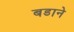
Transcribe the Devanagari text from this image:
बडाने